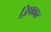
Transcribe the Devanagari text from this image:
ज़िपकार